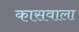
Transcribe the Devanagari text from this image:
कासवाला